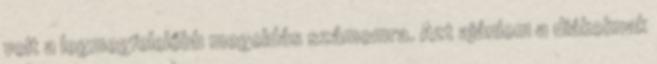
volt a legmegfelelőbb megoldás számomra. Azt ajánlom a diákoknak